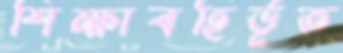
শিক্ষাবহির্ভূত